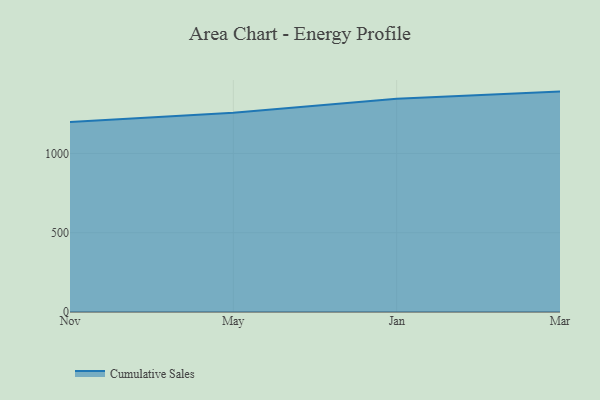
{"axis": {"x": "Month", "y": "Satisfaction Score"}, "legend": ["Cumulative Sales"], "data": [{"x": "Nov", "y": 1198.1, "type": "Cumulative Sales"}, {"x": "May", "y": 1256.7, "type": "Cumulative Sales"}, {"x": "Jan", "y": 1345.0, "type": "Cumulative Sales"}, {"x": "Mar", "y": 1390.1, "type": "Cumulative Sales"}]}